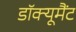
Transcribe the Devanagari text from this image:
डॉक्यूमैंट